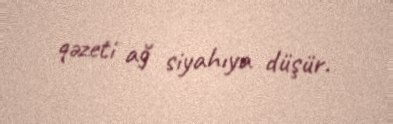
qəzeti ağ siyahıya düşür.